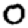
Digit: 0